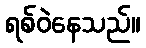
ရစ်ဝဲနေသည်။